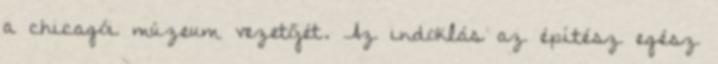
a chicagói múzeum vezetőjét. Az indoklás az építész egész